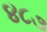
૪૮૩